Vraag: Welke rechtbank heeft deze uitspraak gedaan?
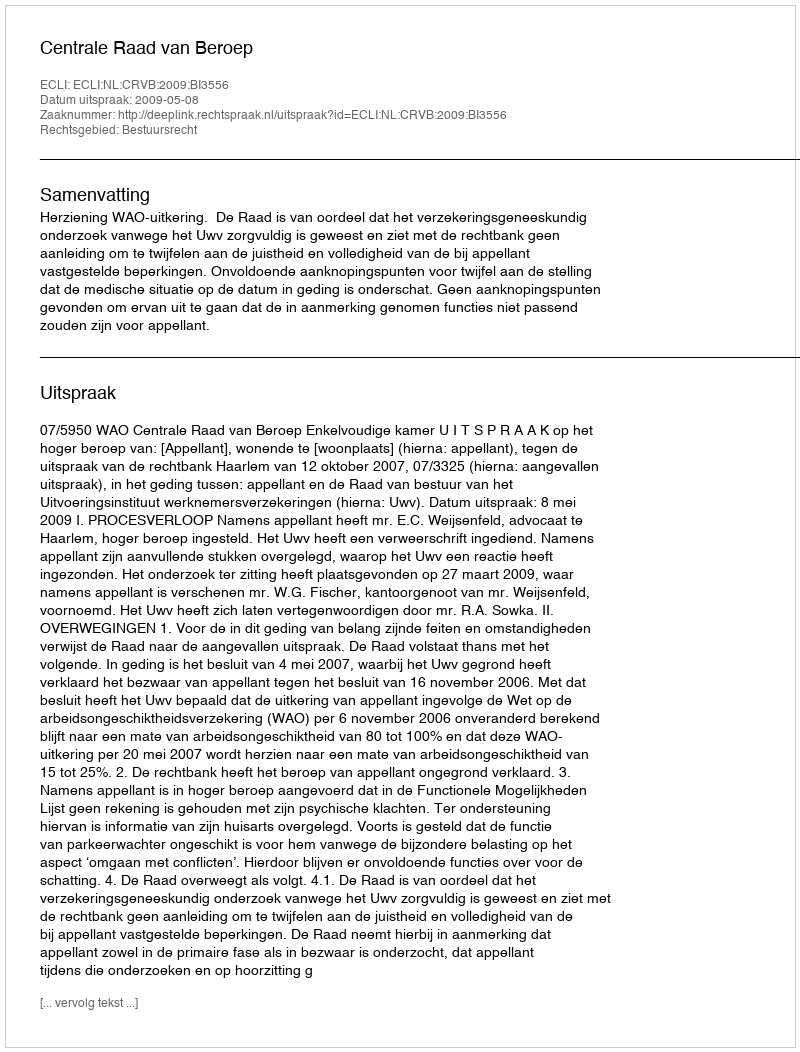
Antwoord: Centrale Raad van Beroep